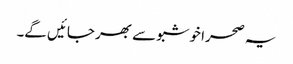
یہ صحرا خوشبو سے بھر جائیں گے۔